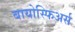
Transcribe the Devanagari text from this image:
बायोस्फिअर्स